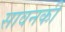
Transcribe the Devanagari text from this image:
सावनकी